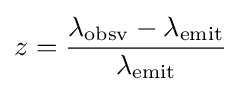
z={\frac {\lambda _{\mathrm {obsv} }-\lambda _{\mathrm {emit} }}{\lambda _{\mathrm {emit} }}}